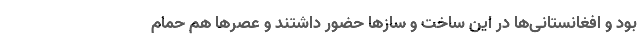
بود و افغانستانی‌ها در این ساخت و سازها حضور داشتند و عصرها هم حمام